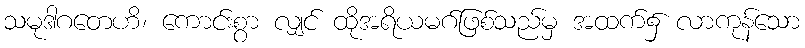
သမုဒါဂတေဟိ၊ ကောင်းစွာ လျှင် ထိုအရိယမဂ်ဖြစ်သည်မှ အထက်၌ လာကုန်သော